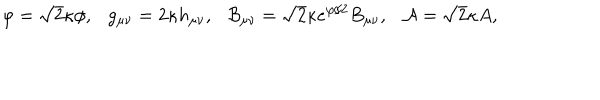
LaTeX: \varphi = \sqrt { 2 } \kappa \phi , \ \ \ g _ { \mu \nu } = 2 \kappa h _ { \mu \nu } , \ \ \ { \cal B } _ { \mu \nu } = \sqrt { 2 } \kappa e ^ { \varphi / 2 } B _ { \mu \nu } , \ \ \ { \cal A } = \sqrt { 2 } \kappa A ,